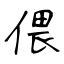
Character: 偎